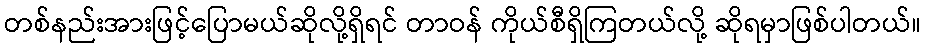
တစ်နည်းအားဖြင့်ပြောမယ်ဆိုလို့ရှိရင် တာဝန် ကိုယ်စီရှိကြတယ်လို့ ဆိုရမှာဖြစ်ပါတယ်။